Report on sanitation, dispensaries, and jails in Rajputana for 1914, and on vaccination for the year 1914-1915 - 1914-1915
Year: 1914
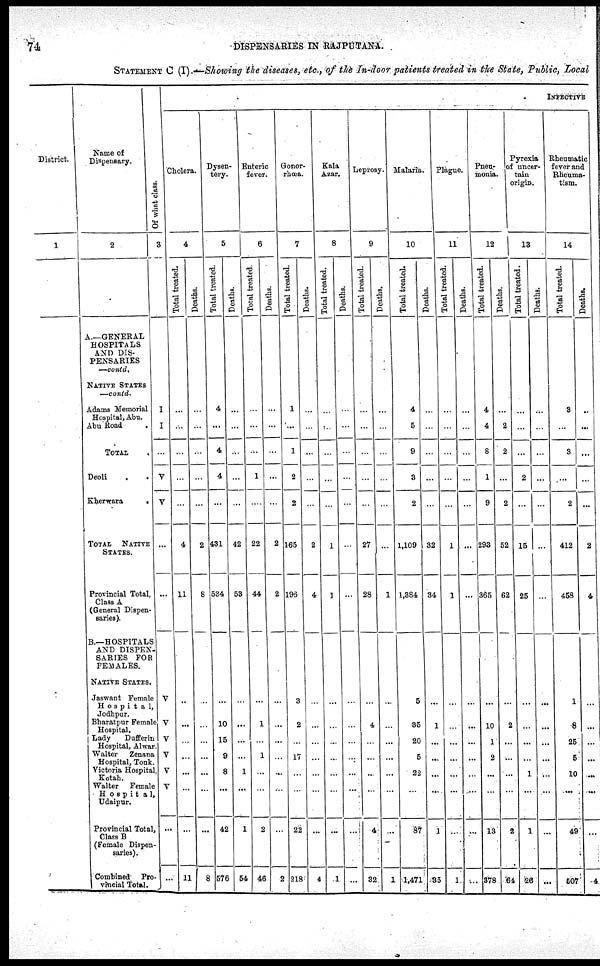
74
DISPENSARIES IN RAJPUTANA.
STATEMENT C (I).—Showing the diseases, etc., of the In-door patients treated in the State, Public, Local
District.
1
Name of
Dispensary.
2
A—GENERAL
HOSPITALS
AND DIS-
PENSARIES
—contd.
NATIVE STATES
—contd.
Adams Memorial
Hospital, Abu.
Abu Rood .
TOTAL .
Deoli . .
Kherwara
.
TOTAL
NATIVE
STATES.
Provincial Total,
Class A
(General Dispen-
saries).
B.—HOSPITALS
AND DISPEN-
SARIES FOR
FEMALES.
NATIVE STATES.
Jaswant Female
Hospital,
Jodhpur.
Bharatpur Female
Hospital.
Lady
Dufferin
Hospital, Alwar
Walter
Zenana
Hospital, Tonk.
Victoria Hospital
Kotah.
Walter
Female
Hospital,
Udaipur.
Provincial Total,
Class B
(Female Dispen-
saries).
Combined
Pro-
vincial Total.
Of what class.
3
I
I
...
V
V
...
...
V
V
V
V
V
V
...
...
INFECTIVE
Cholera.
4
Total treated.
...
...
...
...
...
4
11
...
...
...
...
...
...
...
11
Deaths.
...
...
...
...
...
2
8
...
...
...
...
...
...
...
8
Dysen-
tery.
5
Total treated.
4
...
4
4
...
431
534
...
10
15
9
8
...
42
576
Deaths.
...
...
...
...
...
42
53
...
...
...
...
1
...
1
54
Enteric
fever.
6
Total treated.
...
...
...
1
...
22
44
...
1
...
1
...
...
2
46
Deaths.
...
...
...
...
...
2
2
...
...
...
...
...
...
...
2
Gonor-
rhœa.
7
Total treated.
1
...
1
2
2
165
196
3
2
...
17
...
...
22
218
Deaths.
...
...
...
...
...
2
4
...
...
...
...
...
...
...
4
Kala
Azar.
8
Total treated.
...
...
...
...
...
1
1
...
...
...
...
...
...
...
1
Deaths.
...
...
...
...
...
...
...
...
...
...
...
...
...
...
...
Leprosy.
9
Total treated.
...
...
...
...
...
27
28
...
4
...
...
...
...
4
32
Deaths.
...
...
...
...
...
...
1
...
...
...
...
...
...
...
1
Malaria.
10
Total treated.
4
5
9
3
2
1,109
1,384
5
35
20
5
22
...
87
1,471
Deaths.
...
...
...
...
...
32
34
...
1
...
...
...
...
1
35
Plague.
11
Total treated.
...
...
...
...
...
1
1
...
...
...
...
...
...
...
1
Deaths.
...
...
...
...
...
...
...
...
...
...
...
...
...
...
...
Pneu¬
monia.
12
Total treated.
4
4
8
1
9
293
365
...
10
1
2
...
...
13
378
Deaths.
...
2
2
...
2
52
62
...
2
...
...
...
...
2
64
Pyrexia
of uncer-
tain
origin.
13
Total treated.
...
...
...
2
...
15
25
...
...
...
...
1
...
1
26
Deaths.
...
...
...
...
...
...
...
...
...
...
...
...
...
...
...
Rheumatic
fever and
Rheuma-
tism.
14
Total treated.
3
...
3
...
2
412
458
1
8
25
5
10
...
49
507
Deaths.
...
...
...
...
2
4
...
...
...
...
...
...
...
4